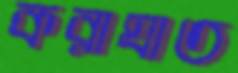
করাঘাত